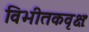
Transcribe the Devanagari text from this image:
विभीतकवृक्षः